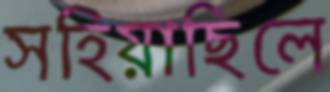
সহিয়াছিলে